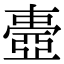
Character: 𠁕